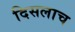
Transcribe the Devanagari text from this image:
दिसलाच